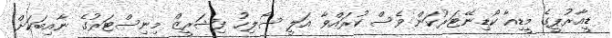
ޑީއާރުޕީގެ މީޑިއާ ކޯޑިނޭޓަރުކަން ވެސް ކުރައްވާ އަލީ ސޯލިހު ފިޝަރީޒް މިނިސްޓަރުގެ ނާއިބަކަށް